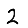
Digit: 2